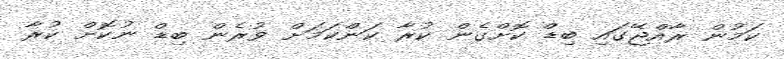
ކަމުން ރާއްޖޭގައި ބިޑް ކޮށްގެން ކުރާ ކަންކަމަށް ވުރެން ބިޑް ނުކޮށް ކުރާ